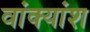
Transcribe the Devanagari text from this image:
वांक्यांश